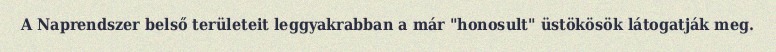
A Naprendszer belső területeit leggyakrabban a már "honosult" üstökösök látogatják meg.